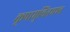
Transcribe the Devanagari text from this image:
कृपामुचितमम्ब